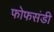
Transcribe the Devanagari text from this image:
फोफसंडी